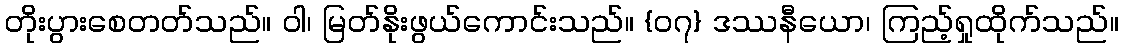
တိုးပွားစေတတ်သည်။ ဝါ၊ မြတ်နိုးဖွယ်ကောင်းသည်။ {၀၇} ဒဿနီယော၊ ကြည့်ရှုထိုက်သည်။